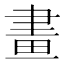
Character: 畫